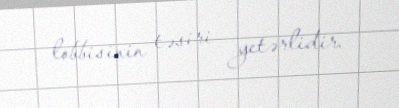
lobbisinin təsiri yetərlidir.